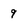
Character: 9